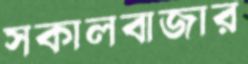
সকালবাজার